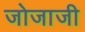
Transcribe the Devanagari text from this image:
जोजाजी